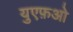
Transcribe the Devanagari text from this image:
युएफ़ओ